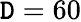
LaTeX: \mathtt{D}=60